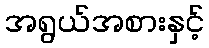
အရွယ်အစားနှင့်